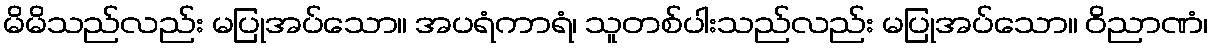
မိမိသည်လည်း မပြုအပ်သော။ အပရံကာရံ၊ သူတစ်ပါးသည်လည်း မပြုအပ်သော။ ဝိညာဏံ၊